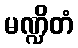
မဏ္ဍိတံ